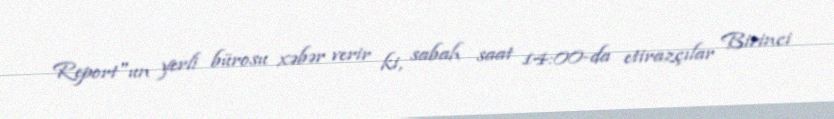
Report"un yerli bürosu xəbər verir ki, sabah saat 14:00-da etirazçılar Birinci